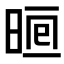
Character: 𣇥